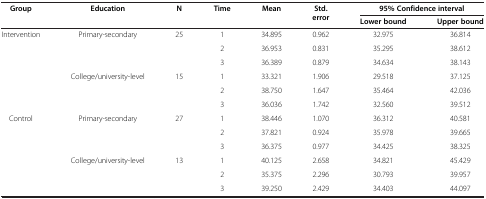
| Group | Education | N | Time | Mean | Std. error | <COLSPAN=2> 95% Confidence interval |
 |  |  |  |  |  |  | Lower bound | Upper bound |
 | --- | --- | --- | --- | --- | --- | --- | --- |
 | <ROWSPAN=6> Intervention | <ROWSPAN=3> Primary-secondary | <ROWSPAN=3> 25 | 1 | 34.895 | 0.962 | 32.975 | 36.814 |
 | 2 | 36.953 | 0.831 | 35.295 | 38.612 |
 | 3 | 36.389 | 0.879 | 34.634 | 38.143 |
 | <ROWSPAN=3> College/university-level | <ROWSPAN=3> 15 | 1 | 33.321 | 1.906 | 29.518 | 37.125 |
 | 2 | 38.750 | 1.647 | 35.464 | 42.036 |
 | 3 | 36.036 | 1.742 | 32.560 | 39.512 |
 | <ROWSPAN=5> Control | <ROWSPAN=3> Primary-secondary | <ROWSPAN=3> 27 | 1 | 38.446 | 1.070 | 36.312 | 40.581 |
 | 2 | 37.821 | 0.924 | 35.978 | 39.665 |
 | 3 | 36.375 | 0.977 | 34.425 | 38.325 |
 | <ROWSPAN=2> College/university-level | <ROWSPAN=2> 13 | 1 | 40.125 | 2.658 | 34.821 | 45.429 |
 | 2 | 35.375 | 2.296 | 30.793 | 39.957 |
 |  |  |  | 3 | 39.250 | 2.429 | 34.403 | 44.097 |